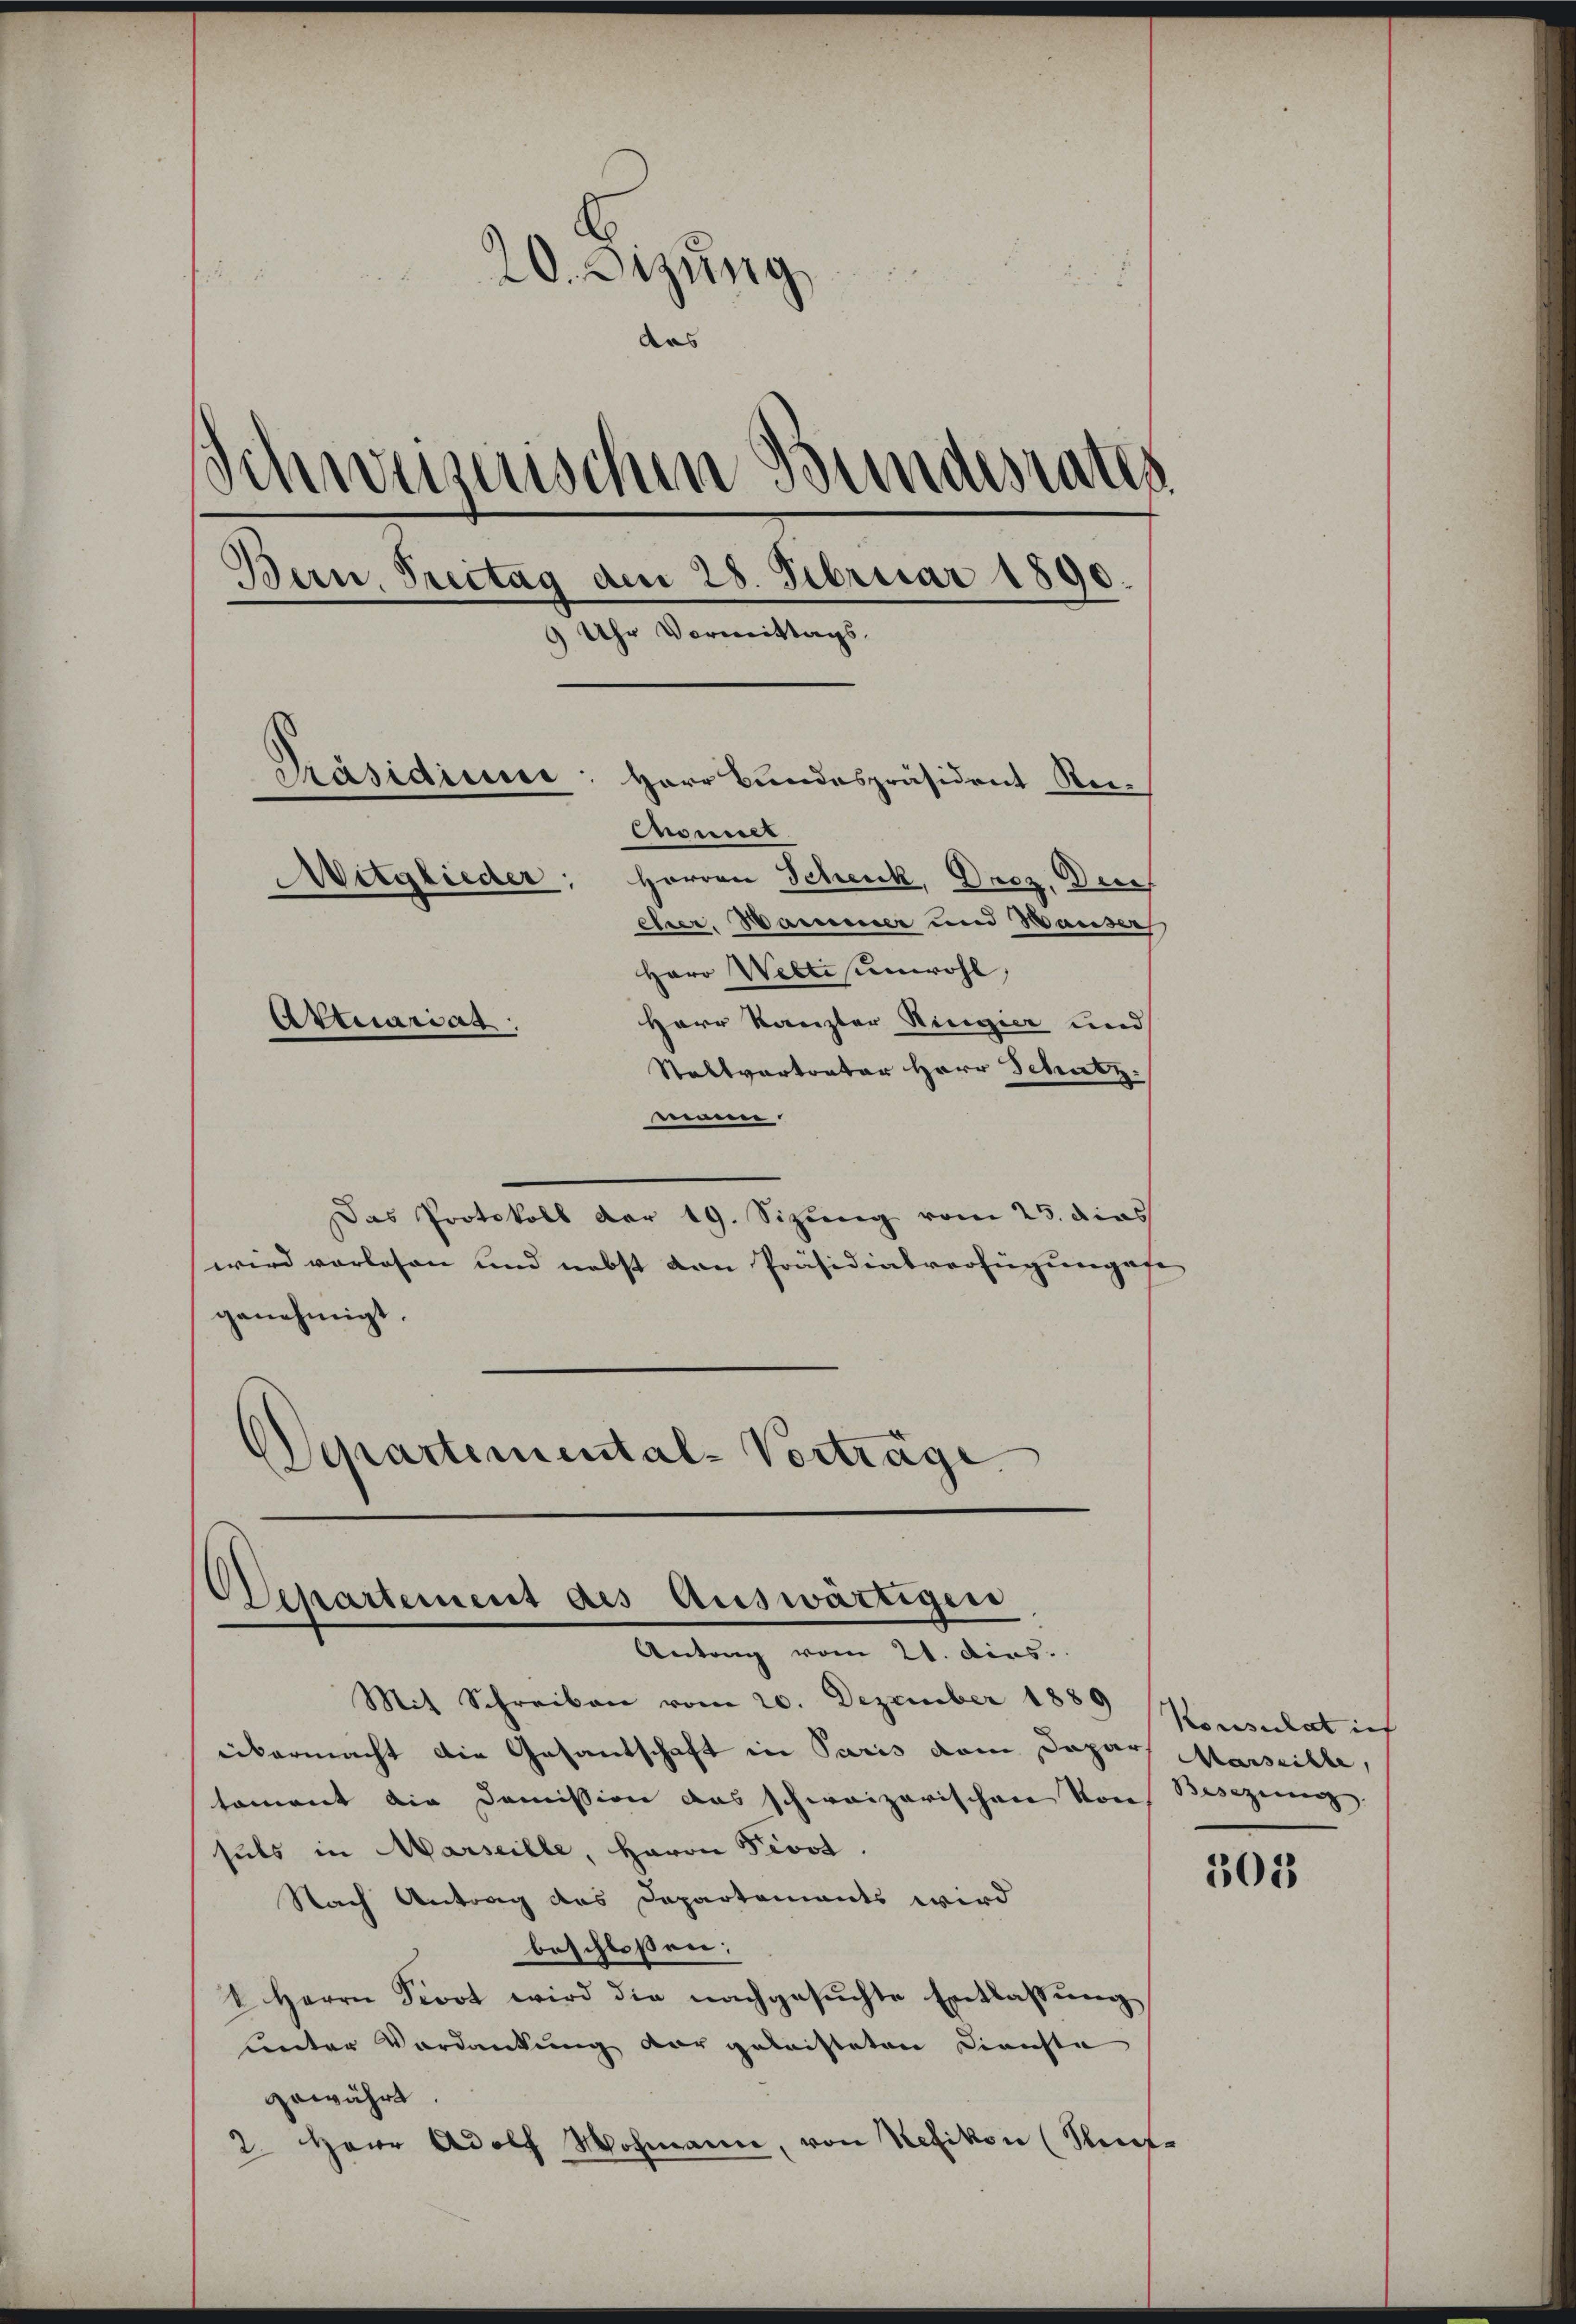
20. Sizung
aas
Schweizerischen Bundesrates
Bern, Freitag den 28. Februar 1890.
9 Uhr Vormittags.
Präsidiuse: Herr Bundespräsident Re¬
Comet
Mitglieder; Herren Schenk, Drez. Den
ehrer, Hammener und Hauser
Herr Weltis unwohl,
Herr Kanzler Ringier und
Attuariat
Stattvertrator Herr Schutz.

sienen
Das Protokoll der 19. Sizung vom 23. dies
wird vorlesen und nebst den Präsidialverfügungefe
genehmigt.
Departemental-Vorträge

Departement des Auswärtigen
Antrag vom 21. dies

Mit Schreiben vom 20. Dezember 1889 (Konsulat ich
übermacht die Gesandschaft in Paris vom Dapar Marseille,
tament die Domission das schweizerischen Von Besezing
suls in Marseille, Herrn Fevot.
Nach Antrag des Departements wird
beschloßen:
I Herrn Stoot wird die nachgesuchte Entlassung
Lnter Verdankung der geleisteten Kiniste
gewährt
2. Herr Adolf Wohmann, von Kefikon (Seite

301